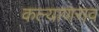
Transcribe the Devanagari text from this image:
कल्याणराव